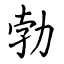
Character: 勃